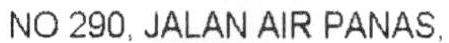
NO 290, JALAN AIR PANAS,